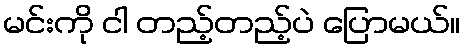
မင်းကို ငါ တည့်တည့်ပဲ ပြောမယ်။